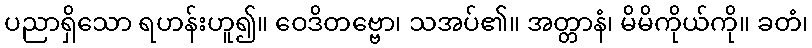
ပညာရှိသော ရဟန်းဟူ၍။ ဝေဒိတဗ္ဗော၊ သအပ်၏။ အတ္တာနံ၊ မိမိကိုယ်ကို။ ခတံ၊